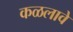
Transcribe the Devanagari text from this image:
कळलावे